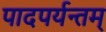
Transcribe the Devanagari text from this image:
पादपर्यन्तम्‌